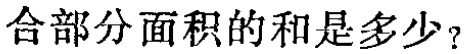
合部分面积的和是多少？